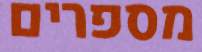
מספרים